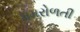
ધમરોળતી